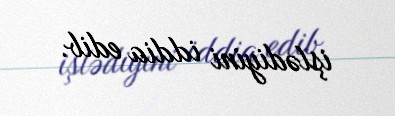
işlədiyini iddia edib.